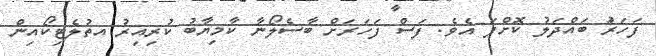
ފަހަރަު ބައްދަލު ކޮށްފަ އެވެ. ފަސް ފަހަރަށް ބާސެލޯނާ ކާމިޔާބު ކުރިއިރު އތުލެޓިކޯއިން